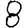
Digit: 8